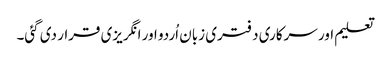
تعلیم اور سرکاری دفتری زبان اُردو اور انگریزی قرار دی گئی۔